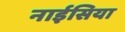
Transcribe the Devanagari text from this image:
नाईसिया